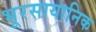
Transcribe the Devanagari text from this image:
भूरसायानिक